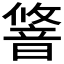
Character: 𬰽